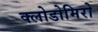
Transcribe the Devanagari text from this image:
क्लोडोमिरो